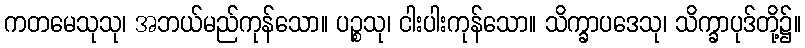
ကတမေသုသု၊ အဘယ်မည်ကုန်သော။ ပဉ္စသု၊ ငါးပါးကုန်သော။ သိက္ခာပဒေသု၊ သိက္ခာပုဒ်တို့၌။